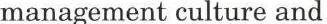
management culture and